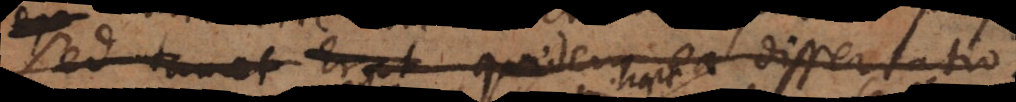
Sed tamet Erat quidem ea dissertatio